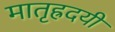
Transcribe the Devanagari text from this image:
मातृह्रदयी